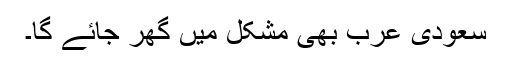
سعودی عرب بھی مشکل میں گھر جائے گا۔